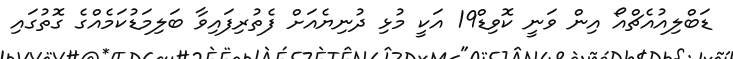
ޑަބްލިއުއެޗްއޯ އިން ވަނީ ކޮވިޑް19 އަކީ މުޅި ދުނިޔެއަށް ފެތުރިފައިވާ ބަލިމަޑުކަމެއްގެ ގޮތުގައި